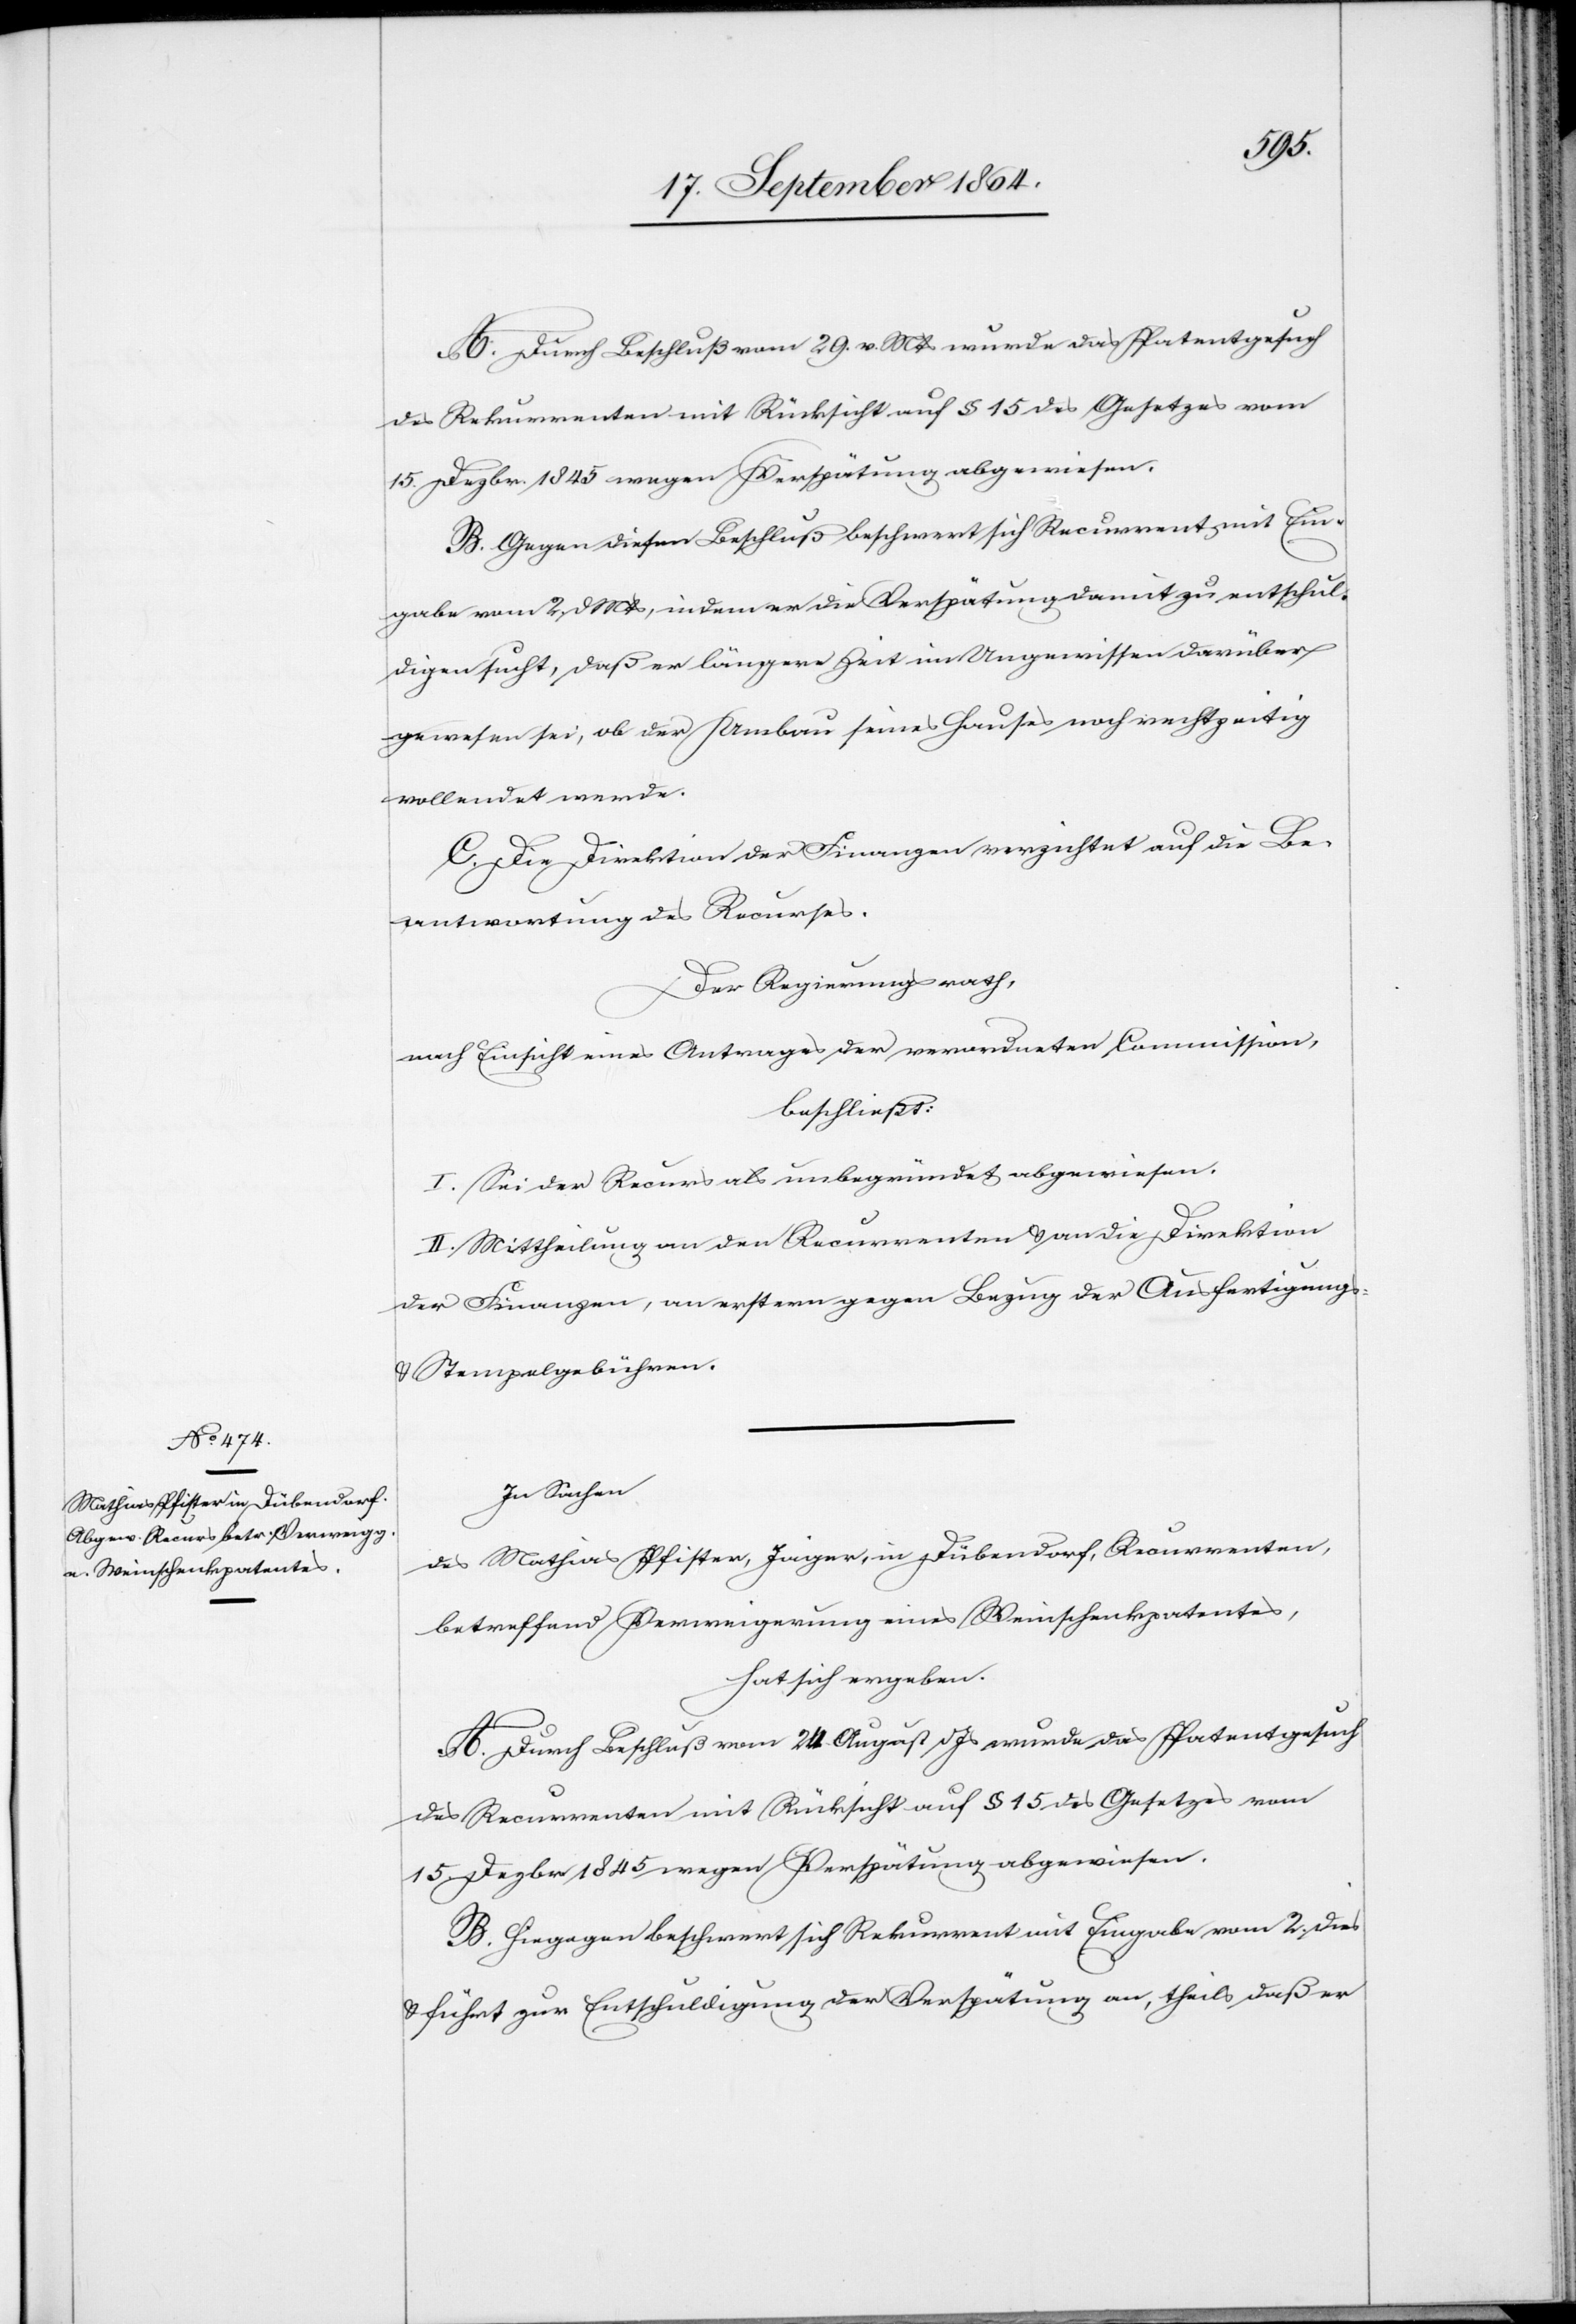
A. Durch Beschluß vom 29. v. Mts wurde das Patentgesuch
des Rekurrenten mit Rücksicht auf § 15 des Gesetzes vom
15. Dzbr. 1845 wegen Verspätung abgewiesen.
B. Gegen diesen Beschluß beschwert sich Recurrent mit Ein¬
gabe vom 2. d. Mts, indem er die Verspätung damit zu entschul¬
digen sucht, daß er längere Zeit im Ungewissen darüber
gewesen sei, ob der Umbau seines Hauses noch rechtzeitig
vollendet werde.
C. Die Direktion der Finanzen verzichtet auf die Be¬
antwortung des Recurses.
Der Regierungsrath,
nach Einsicht eines Antrages der verordneten Commission
beschließt:
I. Sei der Recurs als unbegründet abgewiesen.
II. Mittheilung an den Recurrenten & an die Direktion
der Finanzen, an erstern gegen Bezug der Ausfertigungs-
& Stempelgebühren.
In Sachen
des Mathias Pfister, Jäger, in Dübendorf, Recurrenten,
betreffend Verweigerung eines Weinschenkpatentes,
hat sich ergeben:
A. Durch Beschluß vom 24. August d. Js wurde das Patentgesuch
des Recurrenten mit Rücksicht auf § 15 des Gesetzes vom
15. Dezbr 1845 wegen Verspätung abgewiesen.
B. Hiegegen beschwert sich Rekurrent mit Eingabe vom 2. dies
& führt zur Entschuldigung der Verspätung an, theils, daß er